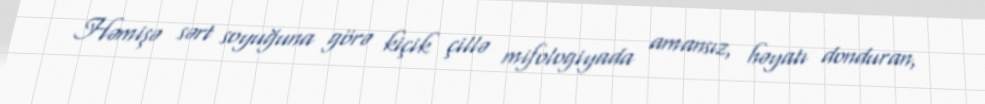
Həmişə sərt soyuğuna görə kiçik çillə mifologiyada amansız, həyatı donduran,